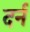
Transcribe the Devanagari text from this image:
दर्न